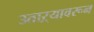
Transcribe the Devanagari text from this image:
उताऱ्यावरून